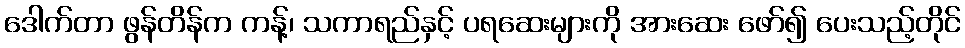
ဒေါက်တာ ဖွန်တိန်က ကန့်၊ သကာရည်နှင့် ပရဆေးများကို အားဆေး ဖော်၍ ပေးသည့်တိုင်